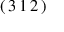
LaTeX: ( \, 3 \, 1 \, 2 \, )